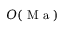
O ( \mathrm { ~ M ~ a ~ } )